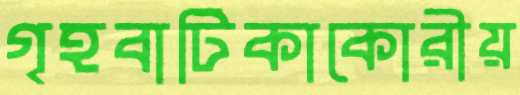
গৃহবাটিকাকোরীয়